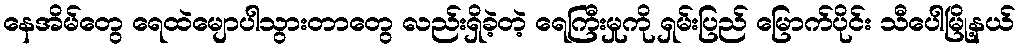
နေအိမ်တွေ ရေထဲမျောပါသွားတာတွေ လည်းရှိခဲ့တဲ့ ရေကြီးမှုကို ရှမ်းပြည် မြောက်ပိုင်း သီပေါမြို့နယ်